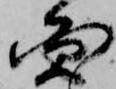
円